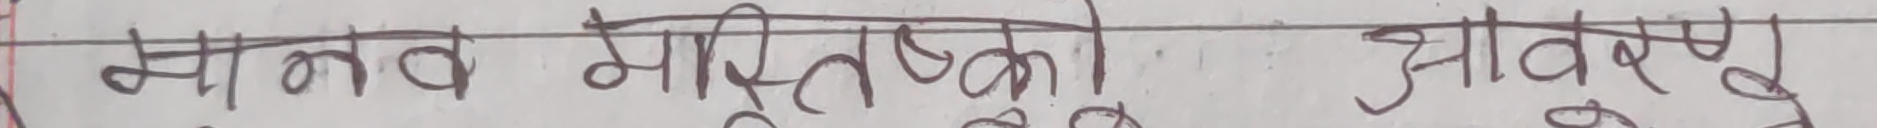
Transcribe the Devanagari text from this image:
मानव मस्तिष्कको आवश्यक